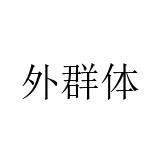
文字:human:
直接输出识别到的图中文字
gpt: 外群体